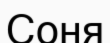
Соня